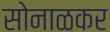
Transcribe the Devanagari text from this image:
सोनाळकर